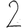
Digit: 2